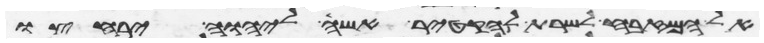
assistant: אל המזבח לשרת להקטיר אשה ליהוה ירחצו